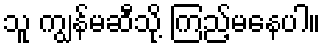
သူ ကျွန်မဆီသို့ ကြည့်မနေပါ။